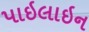
પાઇલાઇન